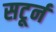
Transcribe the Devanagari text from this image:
सटूर्न